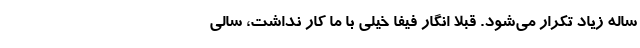
ساله زیاد تکرار می‌شود. قبلاً انگار فیفا خیلی با ما کار نداشت، سالی